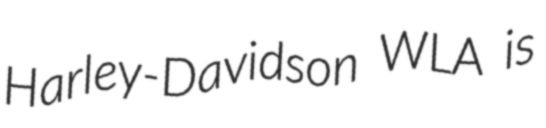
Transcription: Harley-Davidson WLA is